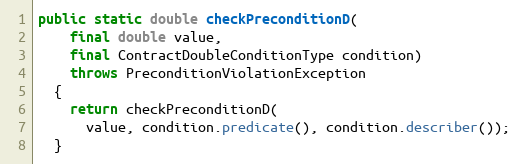
Language: Java
public static double checkPreconditionD(
    final double value,
    final ContractDoubleConditionType condition)
    throws PreconditionViolationException
  {
    return checkPreconditionD(
      value, condition.predicate(), condition.describer());
  }